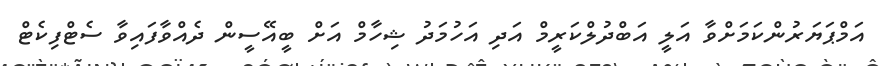
އަމްޕަޔަރުންކަމަށްވާ އަލީ އަބްދުލްކަރީމް އަދި އަހުމަދު ޝިހާމް އަށް ބީއޭސީން ދެއްވާފައިވާ ސެޓްފިކެޓް